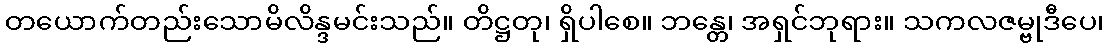
တယောက်တည်းသောမိလိန္ဒမင်းသည်။ တိဋ္ဌတု၊ ရှိပါစေ။ ဘန္တေ၊ အရှင်ဘုရား။ သကလဇမ္ဗုဒီပေ၊